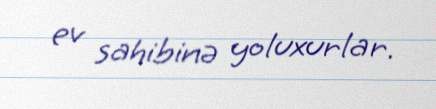
ev sahibinə yoluxurlar.